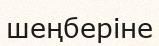
шеңберіне